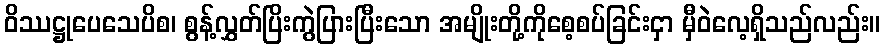
ဝိဿဋ္ဌုပေသေပိစ၊ စွန့်လွှတ်ပြိးကွဲပြားပြီးသော အမျိုးတို့ကိုစေ့စပ်ခြင်းငှာ မှီဝဲလေ့ရှိသည်လည်း။